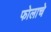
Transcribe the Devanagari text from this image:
फोलाचे